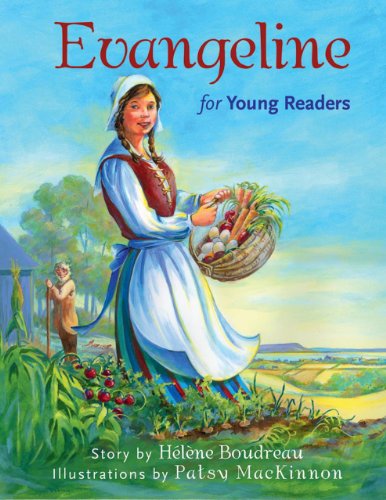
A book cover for Evangeline for Young Readers; HÃ©lÃ¨ne Boudreau; Children's Books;